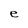
Character: e